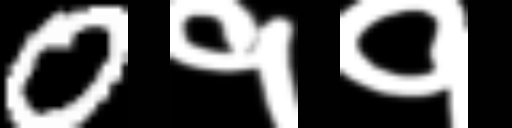
Text: 0११